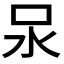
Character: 𭯶